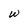
Character: w